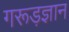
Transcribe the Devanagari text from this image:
गरूड़ज्ञान